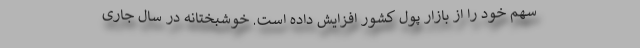
سهم خود را از بازار پول کشور افزایش داده است. خوشبختانه در سال جاری